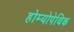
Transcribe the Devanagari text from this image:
होम्योपेथिक